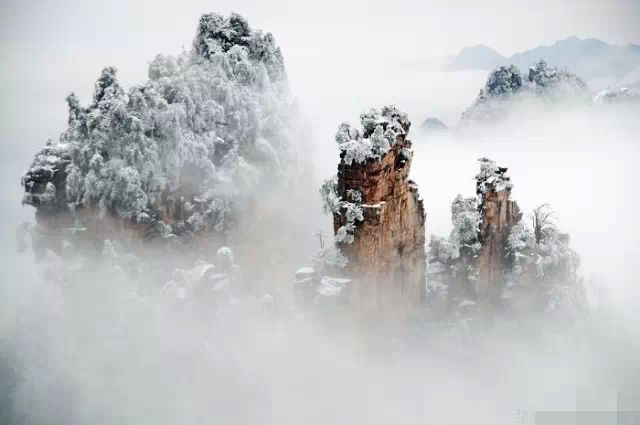
瀚海百重波，阴山千里雪。